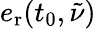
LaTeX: e_{\mathrm{r}}(t_{0},\tilde{\nu})